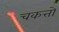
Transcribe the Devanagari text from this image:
चकत्तो